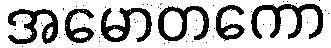
အမောတကော